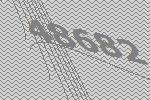
48682